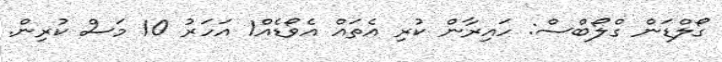
ގޯލްޑަން ގްލޯބްސް: ހައިރާން ކުރި އެތައް އެވޯޑެއް1 އަހަރު 10 މަސް ކުރިން.